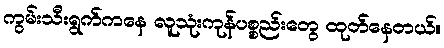
ကွမ်းသီးရွက်ကနေ လူသုံးကုန်ပစ္စည်းတွေ ထုတ်နေတယ်။